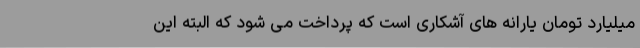
میلیارد تومان یارانه های آشکاری است که پرداخت می شود که البته این